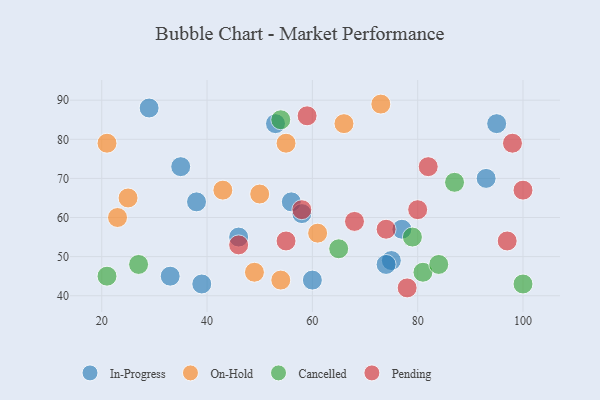
{"axis": {"x": "GDP", "y": "Life Expectancy"}, "legend": ["Cancelled", "In-Progress", "On-Hold", "Pending"], "data": [{"x": "93", "y": 70, "type": "In-Progress"}, {"x": "56", "y": 64, "type": "In-Progress"}, {"x": "39", "y": 43, "type": "In-Progress"}, {"x": "58", "y": 61, "type": "In-Progress"}, {"x": "75", "y": 49, "type": "In-Progress"}, {"x": "53", "y": 84, "type": "In-Progress"}, {"x": "35", "y": 73, "type": "In-Progress"}, {"x": "95", "y": 84, "type": "In-Progress"}, {"x": "74", "y": 48, "type": "In-Progress"}, {"x": "77", "y": 57, "type": "In-Progress"}, {"x": "46", "y": 55, "type": "In-Progress"}, {"x": "29", "y": 88, "type": "In-Progress"}, {"x": "38", "y": 64, "type": "In-Progress"}, {"x": "60", "y": 44, "type": "In-Progress"}, {"x": "33", "y": 45, "type": "In-Progress"}, {"x": "55", "y": 79, "type": "On-Hold"}, {"x": "54", "y": 44, "type": "On-Hold"}, {"x": "23", "y": 60, "type": "On-Hold"}, {"x": "66", "y": 84, "type": "On-Hold"}, {"x": "73", "y": 89, "type": "On-Hold"}, {"x": "25", "y": 65, "type": "On-Hold"}, {"x": "49", "y": 46, "type": "On-Hold"}, {"x": "61", "y": 56, "type": "On-Hold"}, {"x": "50", "y": 66, "type": "On-Hold"}, {"x": "21", "y": 79, "type": "On-Hold"}, {"x": "43", "y": 67, "type": "On-Hold"}, {"x": "65", "y": 52, "type": "Cancelled"}, {"x": "27", "y": 48, "type": "Cancelled"}, {"x": "79", "y": 55, "type": "Cancelled"}, {"x": "100", "y": 43, "type": "Cancelled"}, {"x": "87", "y": 69, "type": "Cancelled"}, {"x": "81", "y": 46, "type": "Cancelled"}, {"x": "21", "y": 45, "type": "Cancelled"}, {"x": "54", "y": 85, "type": "Cancelled"}, {"x": "84", "y": 48, "type": "Cancelled"}, {"x": "100", "y": 67, "type": "Pending"}, {"x": "68", "y": 59, "type": "Pending"}, {"x": "82", "y": 73, "type": "Pending"}, {"x": "46", "y": 53, "type": "Pending"}, {"x": "55", "y": 54, "type": "Pending"}, {"x": "98", "y": 79, "type": "Pending"}, {"x": "78", "y": 42, "type": "Pending"}, {"x": "59", "y": 86, "type": "Pending"}, {"x": "58", "y": 62, "type": "Pending"}, {"x": "97", "y": 54, "type": "Pending"}, {"x": "80", "y": 62, "type": "Pending"}, {"x": "74", "y": 57, "type": "Pending"}]}